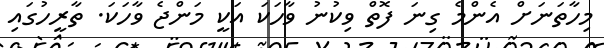
މިހާތަނަށް އެންމެ ގިނަ ފޮތް ވިކުނު ވާހަކަ އަކީ މަންޖެ ވާހަކަ. ތާރީހުގައި